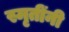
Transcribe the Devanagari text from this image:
स्मृतींनी